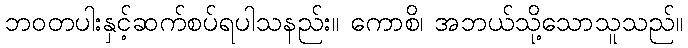
ဘဝတပါးနှင့်ဆက်စပ်ရပါသနည်း။ ကောစိ၊ အဘယ်သို့သောသူသည်။